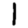
Digit: 1